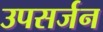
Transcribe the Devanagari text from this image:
उपसर्जन